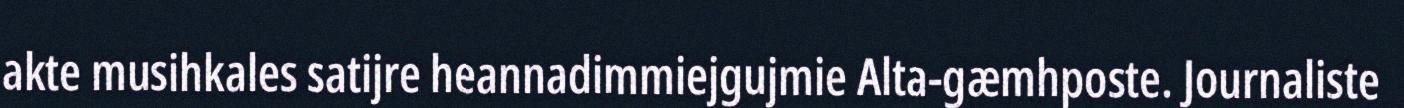
akte musihkales satijre heannadimmiejgujmie Alta-gæmhposte. Journaliste